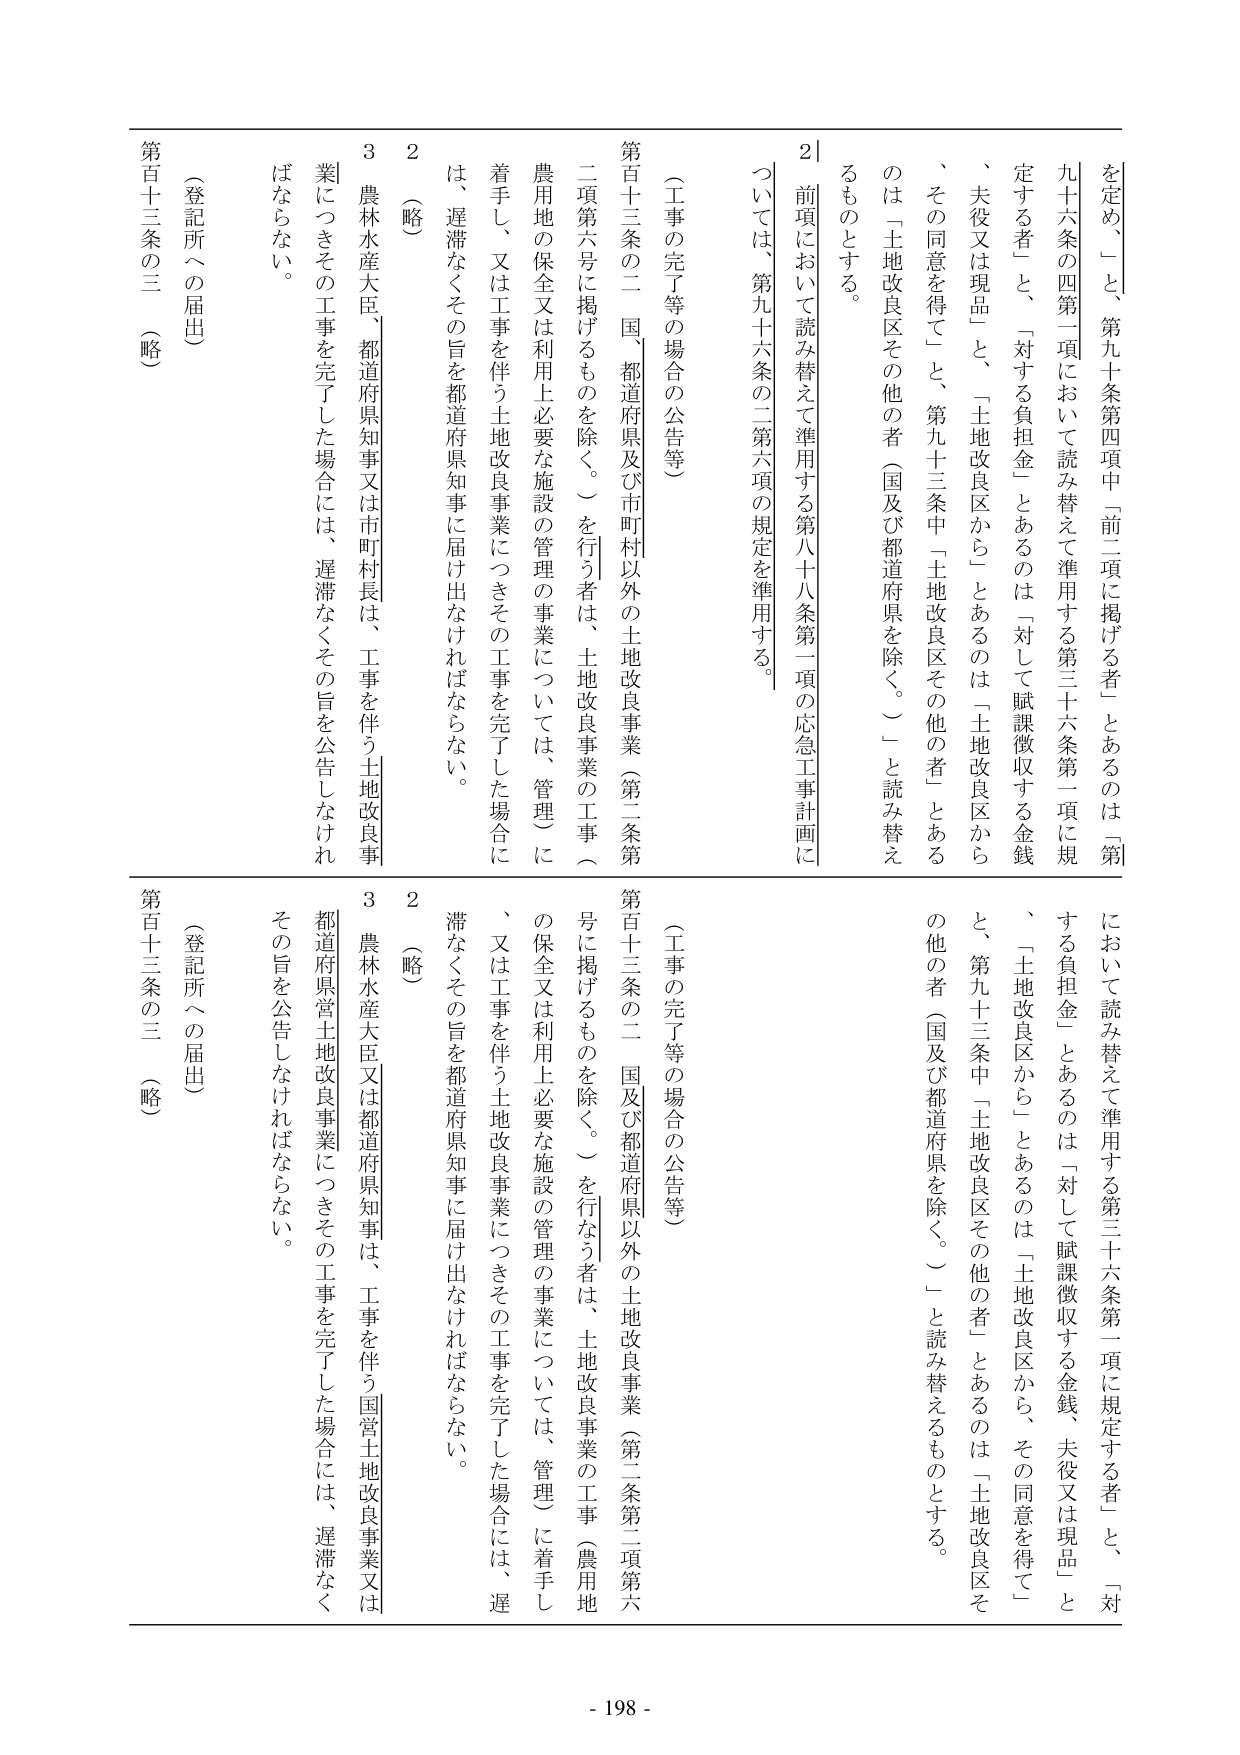
を定め、」と、第九十条第四項中「前二項に掲げる者」とあるのは「第
九十六条の四第一項において読み替えて準用する第三十六条第一項に規
定する者」と、「対する負担金」とあるのは「対して賦課徴収する金銭
、夫役又は現品」と、「土地改良区から」とあるのは「土地改良区から
、その同意を得て」と、第九十三条中「土地改良区その他の者」とある
のは「土地改良区その他の者（国及び都道府県を除く。）」と読み替え
るものとする。
2｜前項において読み替えて準用する第八十八条第一項の応急工事計画に
ついては、第九十六条の二第六項の規定を準用する。
（工事の完了等の場合の公告等）
第百十三条の二 国、都道府県及び市町村以外の土地改良事業（第二条第
二項第六号に掲げるものを除く。）を行う者は、土地改良事業の工事（
農用地の保全又は利用上必要な施設の管理の事業については、管理）に
着手し、又は工事を伴う土地改良事業につきその工事を完了した場合に
は、遅滞なくその旨を都道府県知事に届け出なければならない。
2 （略）
3 農林水産大臣、都道府県知事又は市町村長は、工事を伴う土地改良事
業につきその工事を完了した場合には、遅滞なくその旨を公告しなけれ
ばならない。
（登記所への届出）
第百十三条の三 （略）

において読み替えて準用する第三十六条第一項に規定する者」と、「対
する負担金」とあるのは「対して賦課徴収する金銭、夫役又は現品」と
、「土地改良区から」とあるのは「土地改良区から、その同意を得て」
と、第九十三条中「土地改良区その他の者」とあるのは「土地改良区そ
の他の者（国及び都道府県を除く。）」と読み替えるものとする。
（工事の完了等の場合の公告等）
第百十三条の二 国及び都道府県以外の土地改良事業（第二条第二項第六
号に掲げるものを除く。）を行う者は、土地改良事業の工事（農用地
の保全又は利用上必要な施設の管理の事業については、管理）に着手し
、又は工事を伴う土地改良事業につきその工事を完了した場合には、遅
滞なくその旨を都道府県知事に届け出なければならない。
2 （略）
3 農林水産大臣又は都道府県知事は、工事を伴う国営土地改良事業又は
都道府県営土地改良事業につきその工事を完了した場合には、遅滞なく
その旨を公告しなければならない。
（登記所への届出）
第百十三条の三 （略）

- 198 -